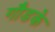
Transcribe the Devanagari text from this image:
गौडके